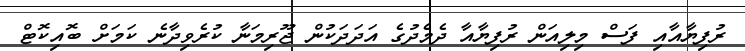
ރުފިޔާއާއި ފަސް މިލިއަން ރުފިޔާއާ ދެމެދުގެ އަދަދަކުން ޖޫރިމަނާ ކުރެވިދާނެ ކަމަށް ބޮއިކޮޓް